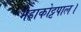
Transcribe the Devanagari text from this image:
महाकोट्टपाल।